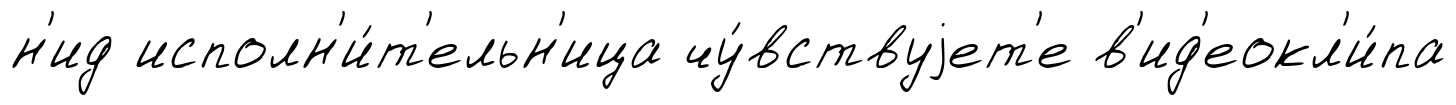
н'ид исполн'и́т'ельн'ица чу́вствуjет'е в'ид'еокл'и́па